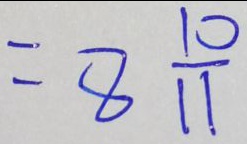
= 8 \frac { 1 0 } { 1 1 }